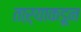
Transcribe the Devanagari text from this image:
ताऱ्याकडून